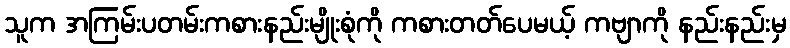
သူက အကြမ်းပတမ်းကစားနည်းမျိုးစုံကို ကစားတတ်ပေမယ့် ကဗျာကို နည်းနည်းမှ